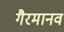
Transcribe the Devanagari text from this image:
गैरमानव